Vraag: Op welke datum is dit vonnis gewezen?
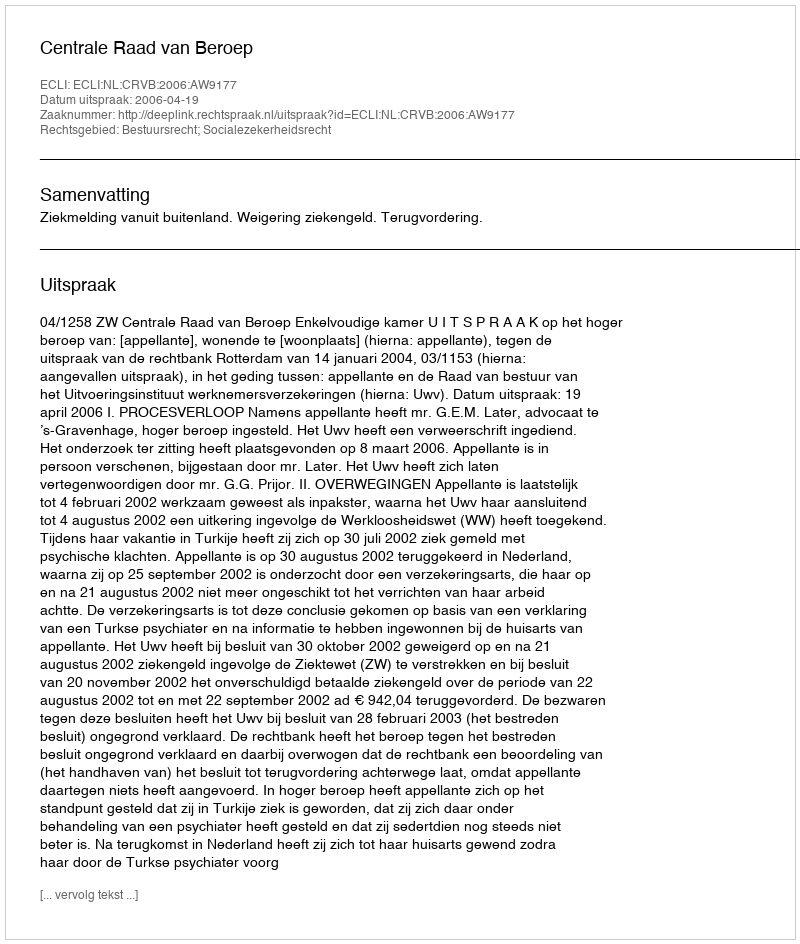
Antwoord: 2006-04-19